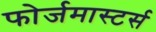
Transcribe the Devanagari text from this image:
फोर्जमास्टर्स